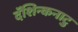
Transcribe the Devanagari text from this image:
दॅशिन्कनाटु